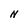
Character: N